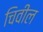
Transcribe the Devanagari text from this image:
चिवील